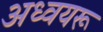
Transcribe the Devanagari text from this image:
अध्वयरू